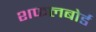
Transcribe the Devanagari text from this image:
शफलबोर्ड